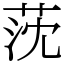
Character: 莐